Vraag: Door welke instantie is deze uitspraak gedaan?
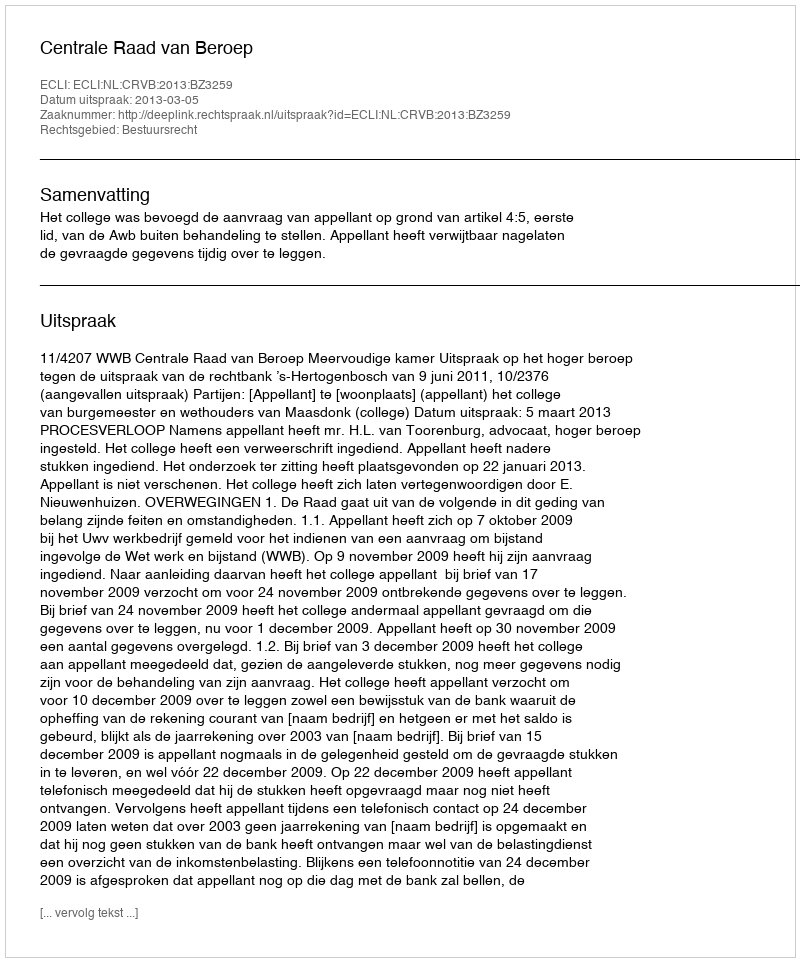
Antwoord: Centrale Raad van Beroep